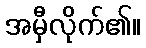
အမှီလိုက်၏။